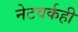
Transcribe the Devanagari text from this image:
नेटवर्कही